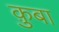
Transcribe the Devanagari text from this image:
क़ुबा